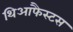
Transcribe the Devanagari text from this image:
थिआफैस्टस